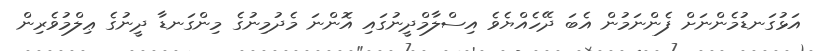
އަޅުގަނޑުމެންނަށް ފެންނަމުން އެބަ ދޭހެއްޔެވެ އިސްލާމްދީނުގައި އޮންނަ މެދުމިނުގެ މިންގަނޑާ ދީނުގެ ޢިލްމުވެރިން